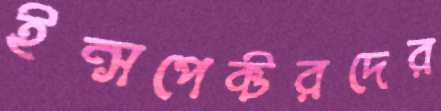
ইন্সপেক্টরদের